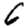
Digit: 6